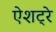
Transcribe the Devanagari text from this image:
ऐशट्रे